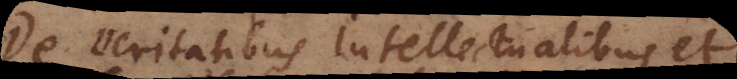
De Veritatibus Intellectualibus et